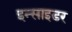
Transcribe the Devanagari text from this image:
इन्साइडर